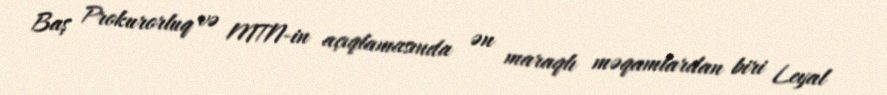
Baş Prokurorluq və MTN-in açıqlamasında ən maraqlı məqamlardan biri Leyal